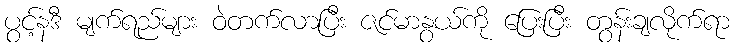
ပွင့်နဒီ မျက်ရည်များ ဝဲတက်လာပြီး ဇင်မာနွယ်ကို ပြေးပြီး တွန်းချလိုက်ရာ